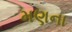
મણના